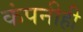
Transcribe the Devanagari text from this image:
कंपनीही